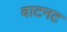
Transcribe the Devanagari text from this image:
वाटनट